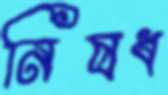
নিষধ